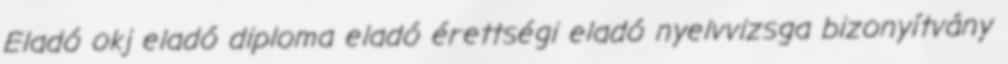
Eladó okj eladó diploma eladó érettségi eladó nyelvvizsga bizonyítvány